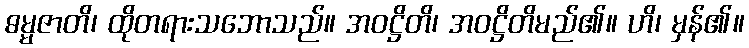
ဓမ္မဇာတိ၊ ထိုတရားသဘောသည်။ အဝဋ္ဌိတိ၊ အဝဋ္ဌိတိမည်၏။ ဟိ၊ မှန်၏။